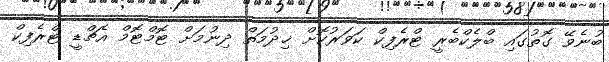
ބުނެވޭ ގޮތުގައި ބްލެކްބެރީ ޓްރެފިކް ކަވަރުކޮށް ޚިދުމަތް ދިނުމަށް ޓޮމްޓޮމް އެޗްޑީ ޓްރެފިކް